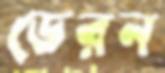
ডেরন